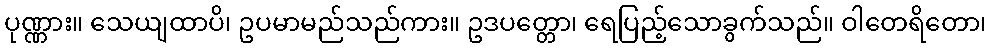
ပုဏ္ဏား။ သေယျထာပိ၊ ဥပမာမည်သည်ကား။ ဥဒပတ္တော၊ ရေပြည့်သောခွက်သည်။ ဝါတေရိတော၊